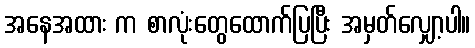
အနေအထား က စာလုံးတွေထောက်ပြပြီး အမှတ်လျှော့ပါ။